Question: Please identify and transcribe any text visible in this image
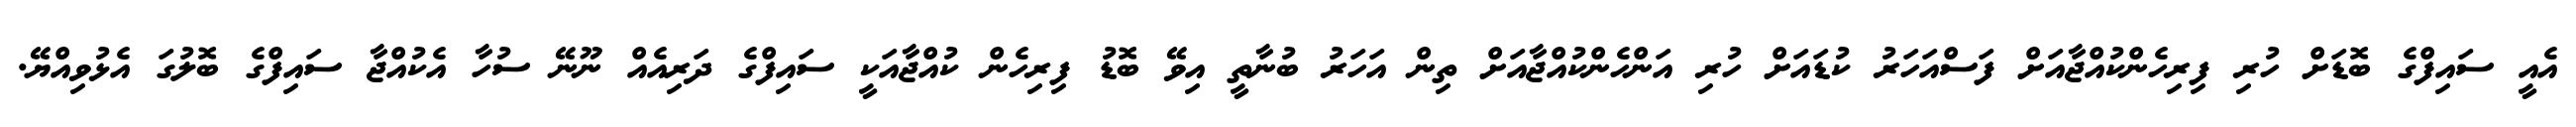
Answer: އެއީ ސައިފްގެ ބޮޑަށް ހުރި ފިރިހެންކުއްޖާއަށް ފަސްއަހަރު ކުޑައަށް ހުރި އަންހެންކުއްޖާއަށް ތިން އަހަރު ބުނާތީ އިވޭ ބޮޑު ފިރިހެން ކުއްޖާއަކީ ސައިފްގެ ދަރިއެއް ނޫނޭ ސުހާ އެކުއްޖާ ސައިފްގެ ބޮލުގަ އެޅުވިއްޔޭ.